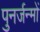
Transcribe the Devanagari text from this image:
पुनर्जन्मों